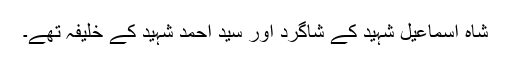
شاہ اسماعیل شہید کے شاگرد اور سید احمد شہید کے خلیفہ تھے۔